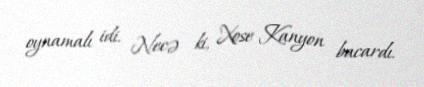
oynamalı idi. Necə ki, Xose Kanyon bacardı.